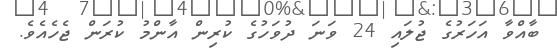
ބާއްވާ އަހަރުގެ ޖުލައި 24 ވަނަ ދުވަހުގެ ކުރިން އާންމު ކުރަން ޖެހެއެވެ.